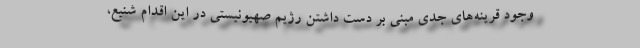
وجود قرینه‌های جدی مبنی بر دست داشتن رژیم صهیونیستی در این اقدام شنیع،